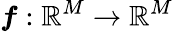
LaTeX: \boldsymbol{f}:\mathbb{R}^{M}\to\mathbb{R}^{M}